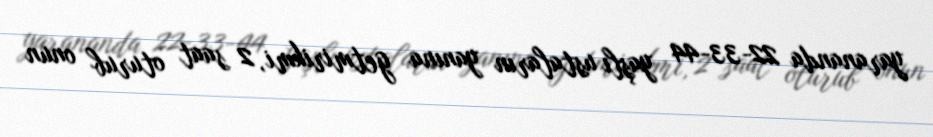
yarananda 22-33-44 yaşlı ustaların yanına getmirikmi, 2 saat oturub onun